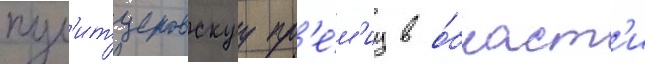
пул'итцеровскуу пр'е́м'иу в о́бласт'и